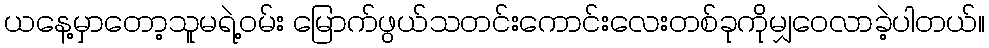
ယနေ့မှာတော့သူမရဲ့ဝမ်း မြောက်ဖွယ်သတင်းကောင်းလေးတစ်ခုကိုမျှဝေလာခဲ့ပါတယ်။